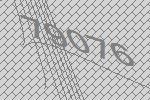
79076